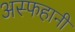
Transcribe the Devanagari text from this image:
अस्फहानी